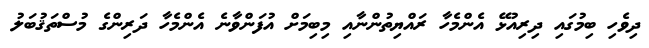
ދިވެހި ބިމުގައި ދިރިއުޅޭ އެންމެހާ ރައްޔިތުންނާއި މިބިމަށް އުފަންވާނެ އެންމެހާ ދަރިންގެ މުސްތަޤުބަލު